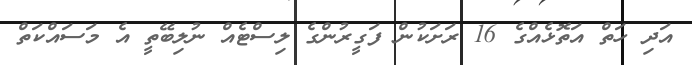
އަދި ހަތް އަތޮޅެއްގެ 16 ރަށަކުން ފަގީރުންގެ ލިސްޓެއް ނުލިބޭތީ އެ މަސައްކަތް